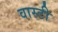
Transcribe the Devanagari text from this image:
वास्टी